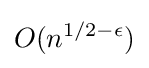
O(n^{1/2-\epsilon })